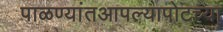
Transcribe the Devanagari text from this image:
पाळण्यांतआपल्यापोटच्या